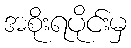
အစိုးရပိုင်းမှ